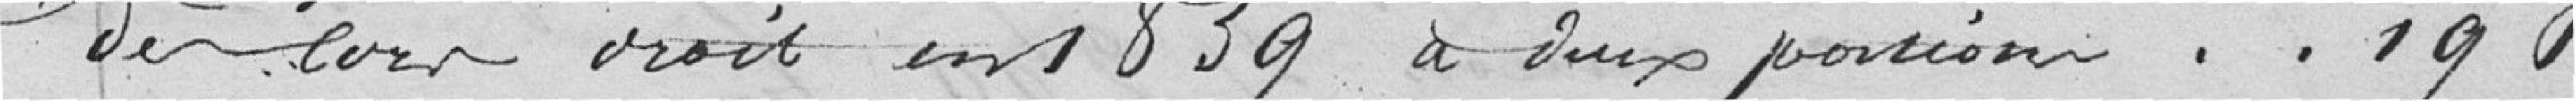
dès lors droit en 1839à deux portions. 190